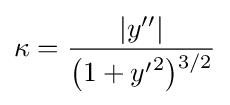
\kappa ={\frac {\left|y''\right|}{{\bigl (}1+{y'}^{2}{\bigr )}{\vphantom {'}}^{3/2}}}